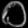
Digit: ၀